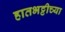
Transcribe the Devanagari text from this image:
हातभट्टीच्या